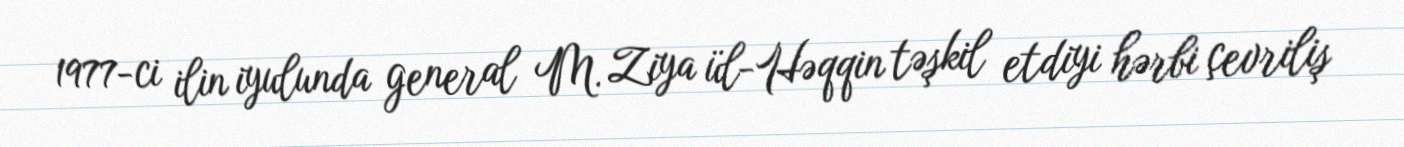
1977-ci ilin iyulunda general M. Ziya ül-Həqqin təşkil etdiyi hərbi çevriliş